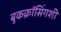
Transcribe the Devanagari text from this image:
बुकक्रॉसिंगशी